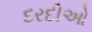
દરદીઓ